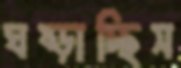
ঘষ্‌ড়াচ্ছিস